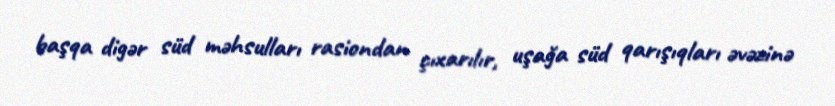
başqa digər süd məhsulları rasiondan çıxarılır, uşağa süd qarışıqları əvəzinə